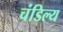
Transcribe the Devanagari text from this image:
चंडिल्य